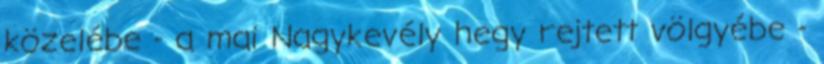
közelébe - a mai Nagykevély hegy rejtett völgyébe -